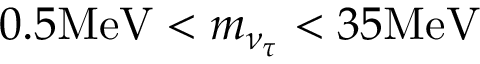
0 . 5 \mathrm { M e V } < m _ { \nu _ { \tau } } < 3 5 \mathrm { M e V }